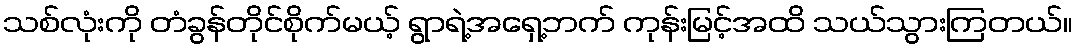
သစ်လုံးကို တံခွန်တိုင်စိုက်မယ့် ရွာရဲ့အရှေ့ဘက် ကုန်းမြင့်အထိ သယ်သွားကြတယ်။